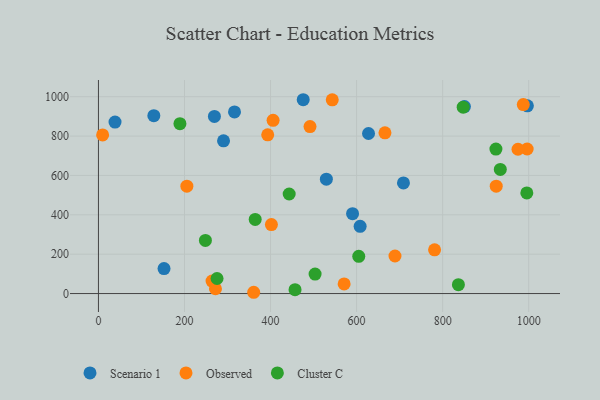
{"axis": {"x": "Distance", "y": "Profit"}, "legend": ["Cluster C", "Observed", "Scenario 1"], "data": [{"x": "475.9", "y": 984.7, "type": "Scenario 1"}, {"x": "269.5", "y": 899.9, "type": "Scenario 1"}, {"x": "590.6", "y": 405.8, "type": "Scenario 1"}, {"x": "996.9", "y": 953.6, "type": "Scenario 1"}, {"x": "38.5", "y": 871.2, "type": "Scenario 1"}, {"x": "290.7", "y": 775.8, "type": "Scenario 1"}, {"x": "128.7", "y": 903.6, "type": "Scenario 1"}, {"x": "608.2", "y": 341.3, "type": "Scenario 1"}, {"x": "152.4", "y": 127.0, "type": "Scenario 1"}, {"x": "627.7", "y": 813.0, "type": "Scenario 1"}, {"x": "708.9", "y": 561.9, "type": "Scenario 1"}, {"x": "316.2", "y": 922.8, "type": "Scenario 1"}, {"x": "850.6", "y": 949.9, "type": "Scenario 1"}, {"x": "529.7", "y": 581.2, "type": "Scenario 1"}, {"x": "402.0", "y": 350.2, "type": "Observed"}, {"x": "781.2", "y": 222.1, "type": "Observed"}, {"x": "996.4", "y": 734.3, "type": "Observed"}, {"x": "405.9", "y": 880.0, "type": "Observed"}, {"x": "665.9", "y": 816.4, "type": "Observed"}, {"x": "975.1", "y": 733.0, "type": "Observed"}, {"x": "205.5", "y": 545.4, "type": "Observed"}, {"x": "264.0", "y": 63.3, "type": "Observed"}, {"x": "491.7", "y": 848.1, "type": "Observed"}, {"x": "393.4", "y": 806.4, "type": "Observed"}, {"x": "689.2", "y": 190.7, "type": "Observed"}, {"x": "272.0", "y": 24.3, "type": "Observed"}, {"x": "360.8", "y": 6.5, "type": "Observed"}, {"x": "9.7", "y": 805.9, "type": "Observed"}, {"x": "987.4", "y": 960.1, "type": "Observed"}, {"x": "924.5", "y": 545.6, "type": "Observed"}, {"x": "543.4", "y": 984.3, "type": "Observed"}, {"x": "571.0", "y": 48.9, "type": "Observed"}, {"x": "503.5", "y": 98.8, "type": "Cluster C"}, {"x": "364.3", "y": 376.5, "type": "Cluster C"}, {"x": "456.9", "y": 19.8, "type": "Cluster C"}, {"x": "248.6", "y": 270.1, "type": "Cluster C"}, {"x": "923.8", "y": 734.2, "type": "Cluster C"}, {"x": "275.6", "y": 76.4, "type": "Cluster C"}, {"x": "189.4", "y": 863.1, "type": "Cluster C"}, {"x": "836.6", "y": 45.2, "type": "Cluster C"}, {"x": "847.7", "y": 946.8, "type": "Cluster C"}, {"x": "934.0", "y": 630.8, "type": "Cluster C"}, {"x": "995.6", "y": 511.0, "type": "Cluster C"}, {"x": "443.3", "y": 505.8, "type": "Cluster C"}, {"x": "605.0", "y": 189.0, "type": "Cluster C"}]}